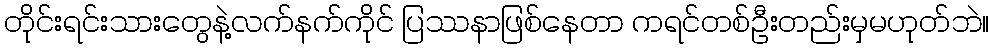
တိုင်းရင်းသားတွေနဲ့လက်နက်ကိုင် ပြဿနာဖြစ်နေတာ ကရင်တစ်ဦးတည်းမှမဟုတ်ဘဲ။